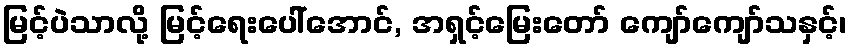
မြင့်ပဲသာလို့ မြင့်ရေးပေါ်အောင်, အရှင့်မြေးတော် ကျော်ကျော်သနှင့်၊